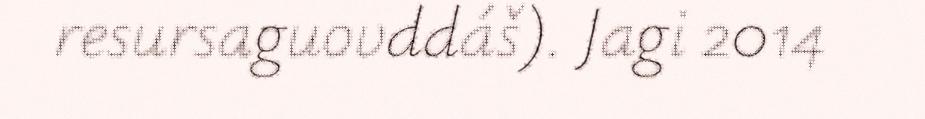
resursaguovddáš). Jagi 2014